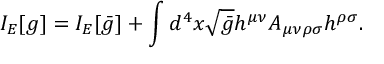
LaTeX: I _ { E } [ g ] = I _ { E } [ \bar { g } ] + \int d ^ { 4 } x \sqrt { \bar { g } } h ^ { \mu \nu } A _ { \mu \nu \rho \sigma } h ^ { \rho \sigma } .